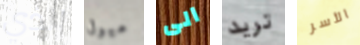
الذي ميول الى تريد الأسر